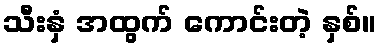
သီးနှံ အထွက် ကောင်းတဲ့ နှစ်။